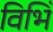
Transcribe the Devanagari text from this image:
विभिं